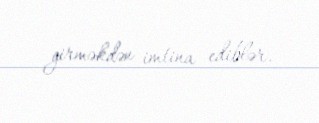
girməkdən imtina ediblər.